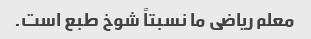
معلم ریاضی ما نسبتاً شوخ طبع است.